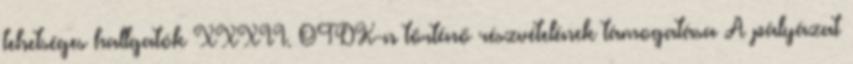
tehetséges hallgatók XXXII. OTDK-n történő részvételének támogatása A pályázat